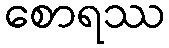
စောရဿ